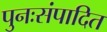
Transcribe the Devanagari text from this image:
पुनःसंपादित